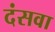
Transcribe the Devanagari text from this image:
दंसवा